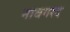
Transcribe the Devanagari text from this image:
नावगरद